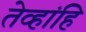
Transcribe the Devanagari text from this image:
तेव्हांहि